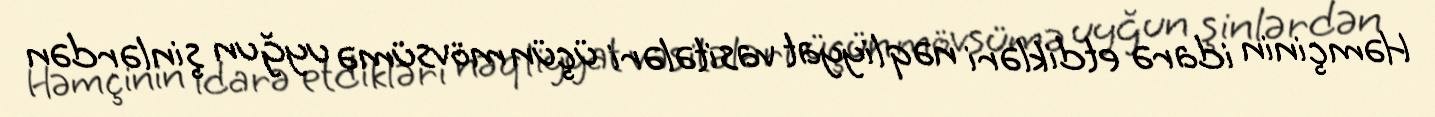
Həmçinin idarə etdikləri nəqliyyat vasitələri üçün mövsümə uyğun şinlərdən